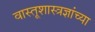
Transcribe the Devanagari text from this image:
वास्तूशास्त्रज्ञांच्या